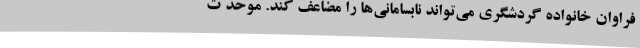
فراوان خانواده گردشگری می‌تواند نابسامانی‌ها را مضاعف کند. موحد ت